Medical and sanitary report of the native army of Bengal for the year
Year: 1875
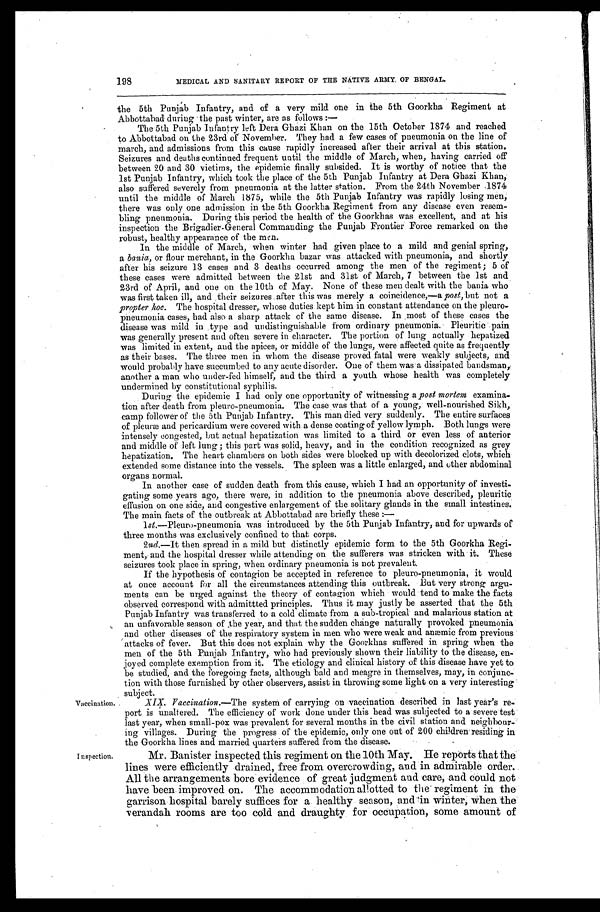
198
MEDICAL AND SANITARY REPORT OF THE NATIVE ARMY, OF BENGAL.
the 5th Punjab Infantry, and of a very mild one in the 5th Goorkha, Regiment at
Abbottabad during the past winter, are as follows:
—
The 5th Punjab Infantry left Dera Ghazi Khan on the 15th October 1874 and reached
to Abbottabad on the 23rd of November. They had a few cases of pneumonia on the line of
march, and admissions from this cause rapidly increased after their arrival at this station.
Seizures and deaths continued frequent until the middle of March, when, having carried off
between 20 and 30 victims, the epidemic finally subsided. It is worthy of notice that the
1st Punjab Infantry, which took the place of the 5th Punjab Infantry at Dera Ghazi Khan,
also suffered severely from pneumonia at the latter station. From the 24th November 1874
until the middle of March 1875, while the 5th Punjab Infantry was rapidly losing men,
there was only one admission in the 5th Goorkha Regiment from any disease even resem
- b l i n g p n e u m o n i a . D u r i n g t h i s p e r i o d t h e h e a l t h o f t h e G o o r k h a s w a s e x c e l l e n t , a n d a t h i s
inspection the Brigadier-General Commanding the Punjab Frontier Force remarked on the
robust, healthy appearance of the men.
In the middle of March, when winter had given place to a mild and genial spring,
a bania, or flour merchant, in the Goorkha bazar was attacked with pneumonia, and shortly
after his seizure 13 cases and 3 deaths occurred among the men of the regiment; 5 of
these cases were admitted between the 21st and 31st of March, 7 between the 1st and
23rd of April, and one on the 10th of May. None of these men dealt with the bania who
was first taken ill, and their seizures after this was merely a coincidence,—a post, but not a
pr opt er hoc. The hospital dresser, whose duties kept him in constant attendance on the pleuro
- p n e u m o n i a c a s e s , h a d a l s o a s h a r p a t t a c k o f t h e s a m e d i s e a s e . I n m o s t o f t h e s e c a s e s t h e
disease was mild in type and undistinguishable from ordinary pneumonia. Pleuritic pain
was generally present and often severe in character. The portion of lung actually hepatized
was limited in extent, and the apices, or middle of the lungs, were affected quite as frequently
as their bases. The three men in whom the disease proved fatal were weakly subjects, and
would probably have succumbed to any acute disorder. One of them was a dissipated bandsman,
another a man who under-fed himself, and the third a youth whose health was completely
undermined by constitutional syphilis.
During the epidemic I had only one opportunity of witnessing a post mortem examina-
tion after death from pleuro-pneumonia. The case was that of a young, well-nourished Sikh,
camp follower of the 5th Punjab Infantry. This man died very suddenly. The entire surfaces
o f p l e u r æ a n d p e r i c a r d i u m w e r e c o v e r e d w i t h a d e n s e c o a t i n g o f y e l l o w l y m p h . B o t h l u n g s w e r e
intensely congested, but actual hepatization was limited to a third or even less of anterior
and middle of left lung; this part was solid, heavy, and in the condition recognized as grey
hepatization. The heart chambers on both sides were blocked up with decolorized clots, which
extended some distance into the vessels. The spleen was a little enlarged, and other abdominal
organs normal.
In another case of sudden death from this cause, which I had an opportunity of investi
- g a t i n g s o m e y e a r s a g o , t h e r e w e r e , i n a d d i t i o n t o t h e p n e u m o n i a a b o v e d e s c r i b e d , p l e u r i t i c
effusion on one side, and congestive enlargement of the solitary glands in the small intestines.
The main facts of the outbreak at Abbottabad are briefly these:—
1st.—Pleuro-pneumonia was introduced by the 5th Punjab Infantry, and for upwards of
three months was exclusively confined to that corps.
2nd.—It then spread in a mild but distinctly epidemic form to the 5th Goorkha Regi
- m e n t , a n d t h e h o s p i t a l d r e s s e r w h i l e a t t e n d i n g o n t h e s u f f e r e r s w a s s t r i c k e n w i t h i t . T h e s e
seizures took place in spring, when ordinary pneumonia is not prevalent.
If the hypothesis of contagion be accepted in reference to pleuro-pneumonia, it would
at once account for all the circumstances attending this outbreak. But very strong argu
- m e n t s c a n b e u r g e d a g a i n s t t h e t h e o r y o f c o n t a g i o n w h i c h w o u l d t e n d t o m a k e t h e f a c t s
observed correspond with admittted principles. Thus it may justly be asserted that the 5th
Punjab infantry was transferred to a cold climate from a sub-tropical and malarious station at
an unfavorable season of the year, and that the sudden change naturally provoked pneumonia
and other diseases of the respiratory system in men who were weak and anæmic from previous
attacks of fever. But this does not explain why the Goorkhas suffered in spring when the
men of the 5th Punjab Infantry, who had previously shown their liability to the disease, en-
j o y e d c o m p l e t e e x e m p t i o n f r o m i t . T h e e t i o l o g y a n d c l i n i c a l h i s t o r y o f t h i s d i s e a s e h a v e y e t t o
be studied, and the foregoing facts, although bald and meagre in themselves, may, in conjunc
- t i o n w i t h t h o s e f u r n i s h e d b y o t h e r o b s e r v e r s , a s s i s t i n t h r o w i n g s o m e l i g h t o n a v e r y i n t e r e s t i n g
subject.
V a c c i n a t i o n .
XIX. Vacci nat i on. —The system of carrying on vaccination described in last year's re
- p o r t i s u n a l t e r e d . T h e e f f i c i e n c y o f w o r k d o n e u n d e r t h i s h e a d w a s s u b j e c t e d t o a s e v e r e t e s t
last year, when small-pox was prevalent for several months in the civil station and neighbour-
ing villages. During the progress of the epidemic, only one out of 200 children residing in
the Goorkha lines and married quarters suffered from the disease.
Inspection.
Mr. Banister inspected this regiment on the 10th May. He reports that the
lines were efficiently drained, free from overcrowding and in admirable order.
All the arrangements bore evidence of great judgment and care, and could not
have been improved on. The accommodation allotted to the regiment in the
garrison hospital barely suffices for a healthy season, and in winter, when the
verandah rooms are too cold and draughty for occupation, some amount of